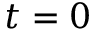
t = 0